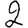
Digit: 2